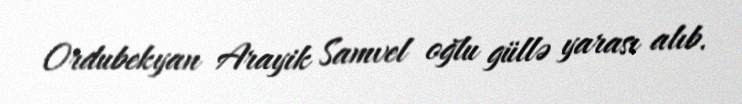
Ordubekyan Arayik Samvel oğlu güllə yarası alıb.